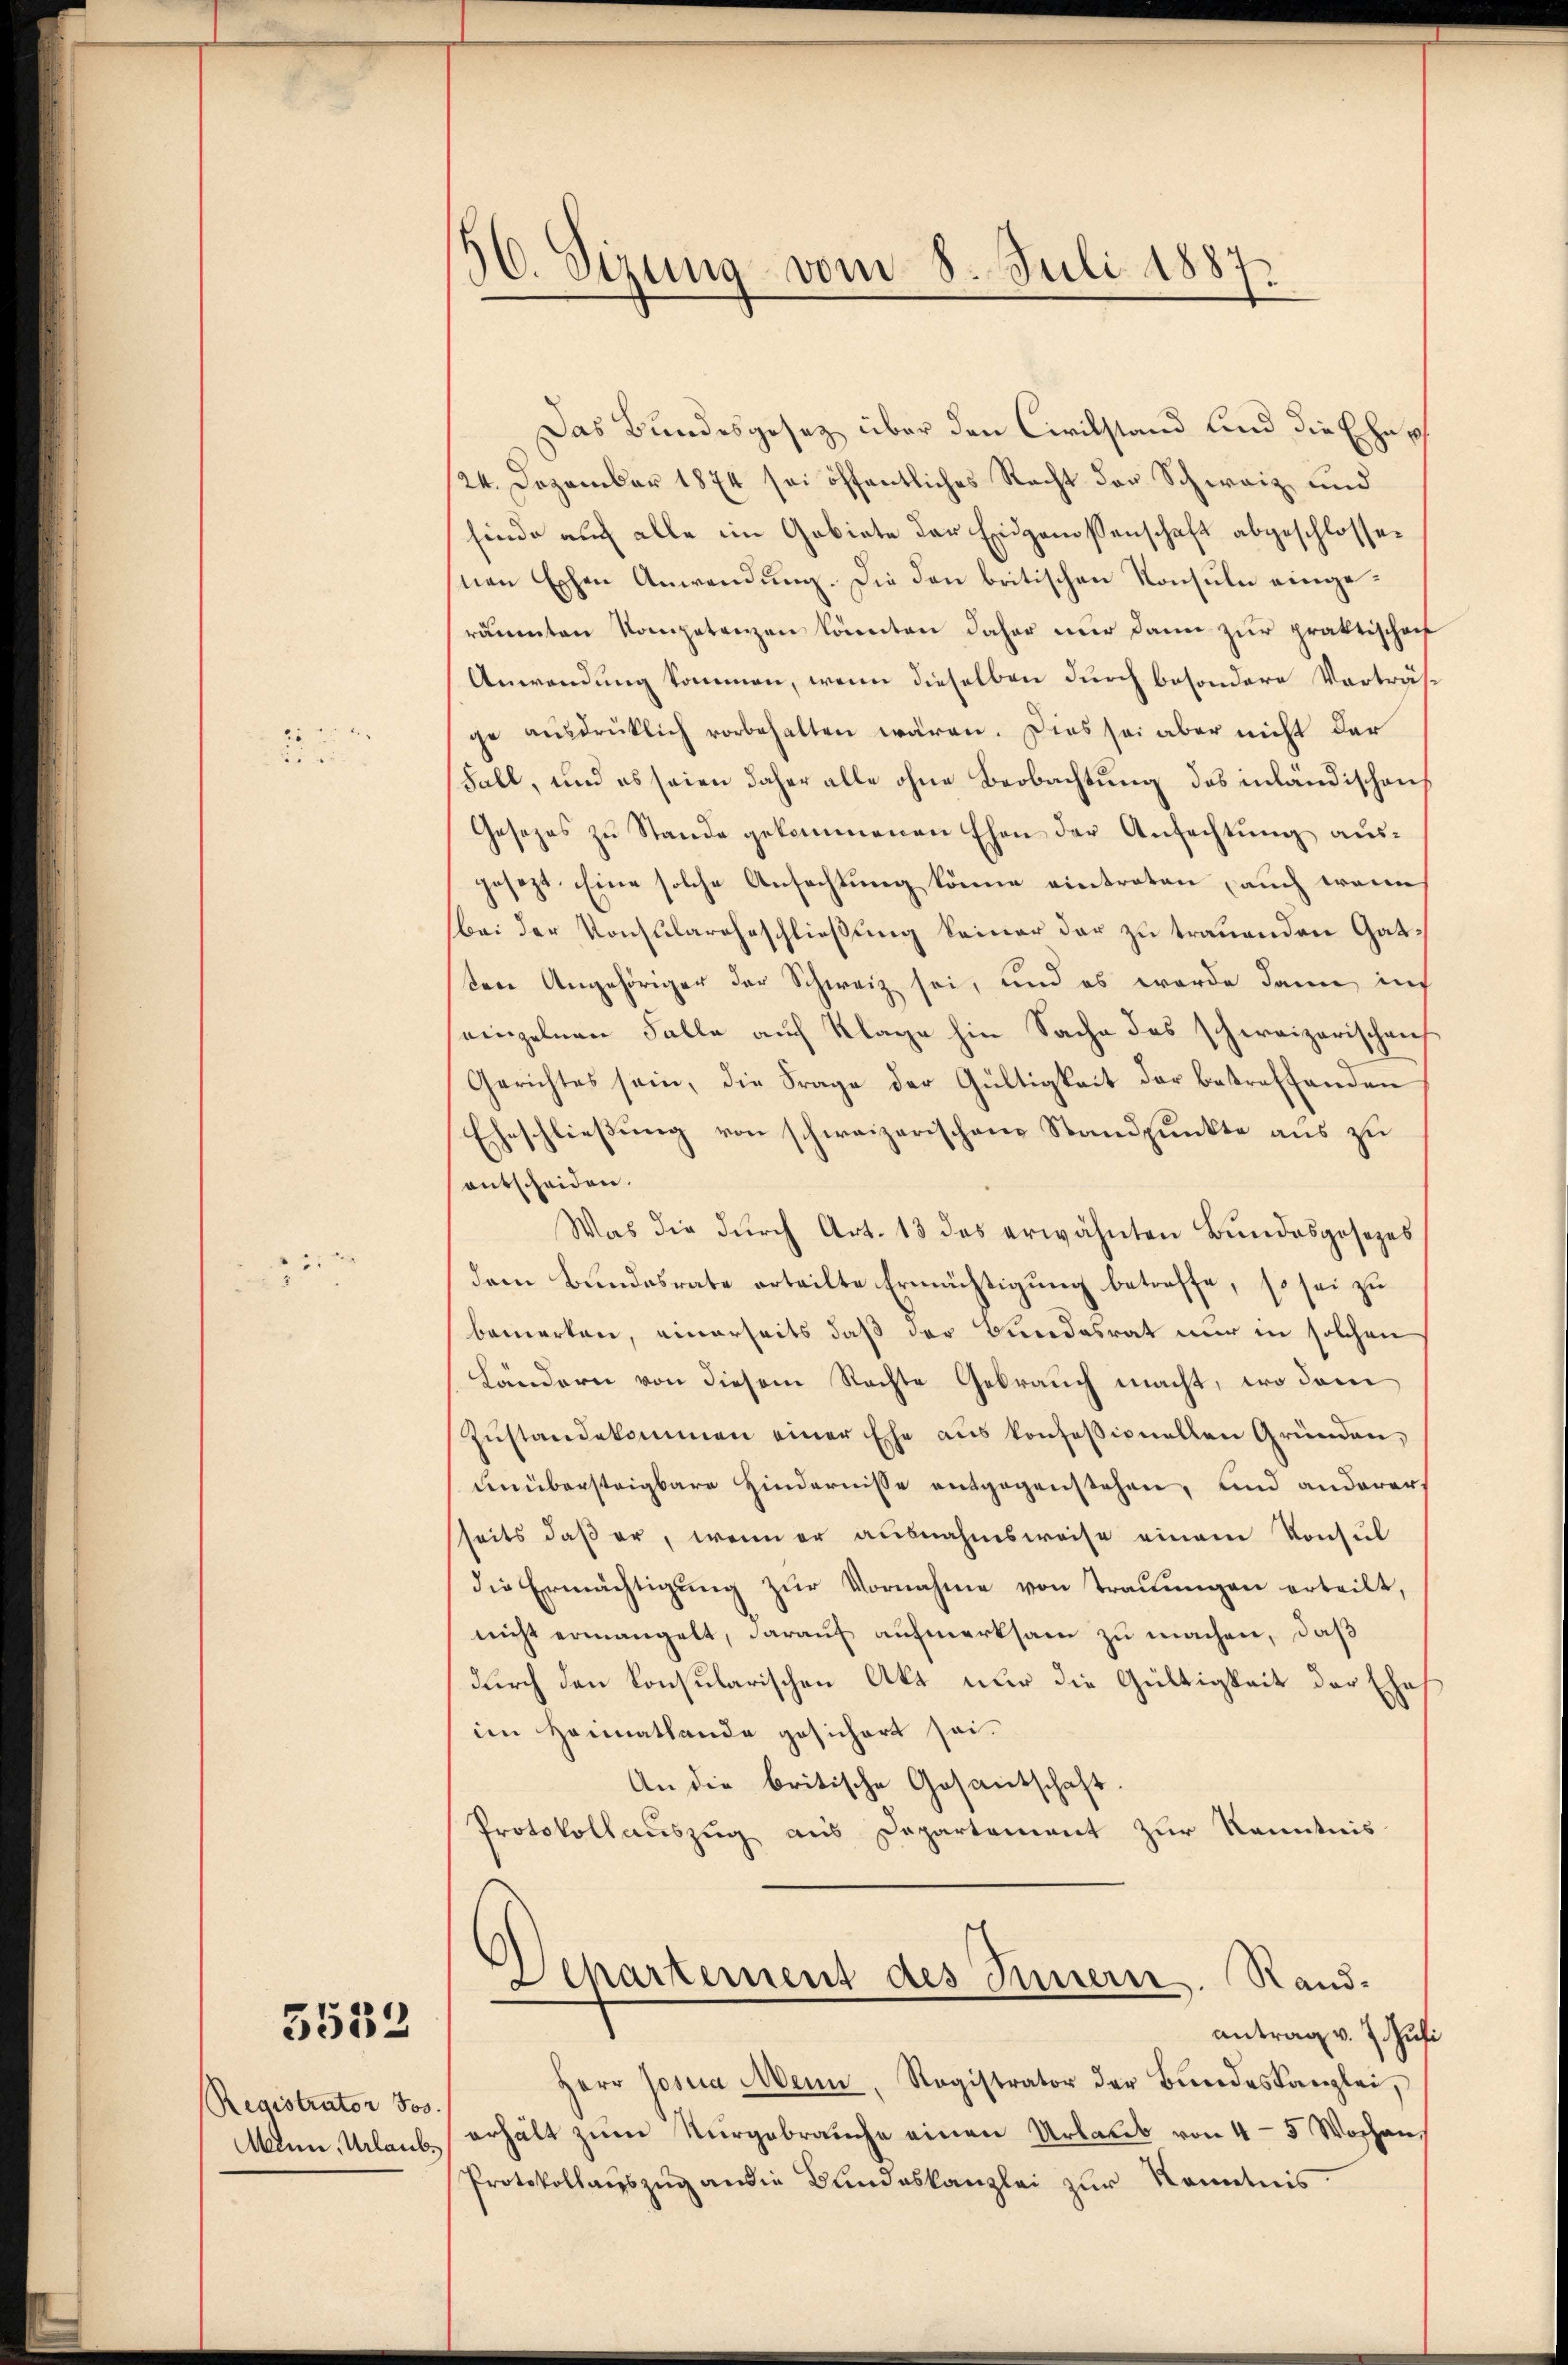
2

5533

Registrator Jos.
Menn, Urlaub¬

56. Sizung vom 8. Juli 1887.

Das Bundesgesetz über den Civilstand und die Ehe¬
24. Dezember 1874 sei öffentliches Recht der Schweiz und
finde auf alle ein Gebiete der Eidgenossenschaft abgeschlossenen Ephen Anwendung. Die den britischen Konsuln eingeräumten Kompetenzen könnten daher nur dann zur praktischof
Anwendung kommen, wenn dieselben durch besondere Vorträs-
ge ausdrüklich vorbehalten wären. Dies sei aber nicht der
Fall, und es seien daher alle ohne Beobachtung des inländischens
Gesezes zu Stande gekommenen Ehen der Anfachtung ausgesezt. Eine solche Anfachtung könne eintreten auch wenn
bei der Konsularahnschließung keiner der zu trauenden Gattere Angehöriger der Schweiz sei, und es werde dann inf
einzelnen Falle auf Klage hin Sache des schweizerischen
Gerichtes sein, die Frage der Gültigkeit der betreffenden
Eheschliessung von schweizerischen Standpunkte aus zu
entscheiden.
Was die durch Art. 13 des erwähnten Bundesgesezes
dem Bundesrate erteilte Ermächtigung betreffe, so sei zu
bemerken, einerseits daß der Bundesrat nur in solchen
Ländern von diesem Rechte Gebrauch macht, wo dem
Zŭstandekommen einer Ehe aus konfessionellen Gründen,
unübersteigbare Hindernisse entgegenstehen, und anderer
seits daß er, wenn er ausnahmsweise einem Konsul
die Ermächtigŭng zŭr Vornahme von Traŭŭngen erteilt,
nicht ermangelt, darauf aufmerksam zu machen, daß
durch den konsularischen Akt nur die Gültigkeit der Ehe
im Heimatlande gesichert sei.
An die britische Gesantschaft
Protokollauszug aus Departement zur Kenntnis
Departement des Innern. Randantrag v. 7. Juli
Herr Josia Menn, Registrator der Bŭndeskanzlei,
erhält zŭm Nŭrgebrauche einen Urlaub von 4-5 Wochen,
Protokollaŭszŭg an die Bundeskanzlei zŭr Kenntnis